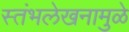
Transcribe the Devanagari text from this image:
स्तंभलेखनामुळे